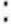
: